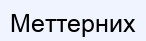
Меттерних